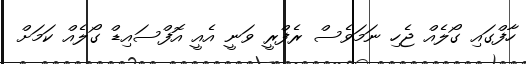
ހާފްގައި ގޯލެއް ޖެހި ނަމަވެސް ރެފްރީ ވަނީ އެއީ އޮފްސައިޑް ގޯލެއް ކަމަށް